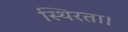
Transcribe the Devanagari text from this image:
स्थिरता।